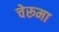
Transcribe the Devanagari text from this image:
चेरूमा